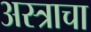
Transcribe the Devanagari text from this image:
अस्त्राचा